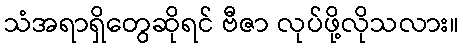
သံအရာရှိတွေဆိုရင် ဗီဇာ လုပ်ဖို့လိုသလား။